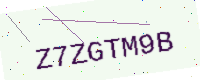
Text: Z7ZGTM9B